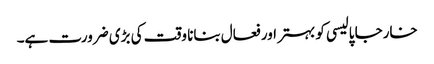
خارجا پالیسی کو بہتر اور فعال بنانا وقت کی بڑی ضرورت ہے۔